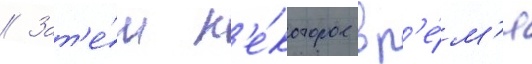
// Зат'е́м н'е́которое вр'е́м'я